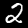
Label: 2